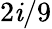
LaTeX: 2\mathit{i}/9